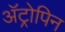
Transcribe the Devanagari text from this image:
अॅट्रोपिन